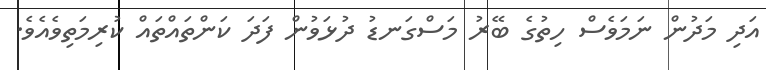
އަދި މަދުން ނަމަވެސް ހިތުގެ ބޭރު މަސްގަނޑު ދުޅަވުން ފަދަ ކަންތައްތައް ކުރިމަތިވެއެވެ.